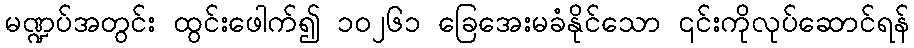
မဏ္ဍပ်အတွင်း ထွင်းဖေါက်၍ ၁၀၂၆၁ ခြေအေးမခံနိုင်သော ၎င်းကိုလုပ်ဆောင်ရန်